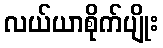
လယ်ယာစိုက်ပျိုး